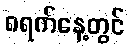
၈ရက်နေ့တွင်